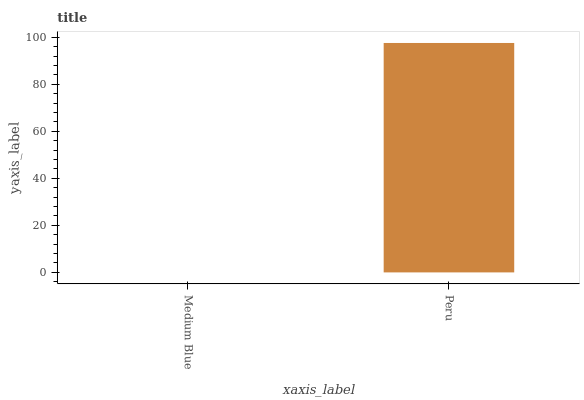
| xaxis_label | bars |
 | --- | --- |
 | Medium Blue | 0 |
 | Peru | 97.6 |